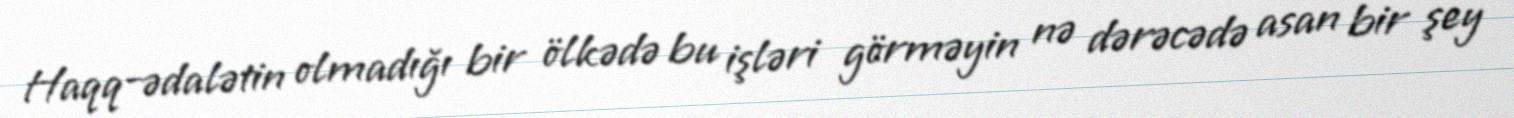
Haqq-ədalətin olmadığı bir ölkədə bu işləri görməyin nə dərəcədə asan bir şey